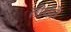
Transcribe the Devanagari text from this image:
तीर्यते